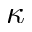
\kappa